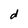
Character: d